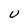
Character: U